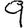
Digit: 9